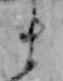
ま